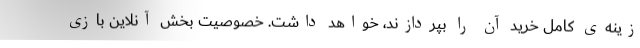
زینه‌ی کامل خرید آن را بپردازند، خواهد داشت. خصوصیت بخش آنلاین بازی‌